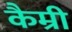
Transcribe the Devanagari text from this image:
कैम्री